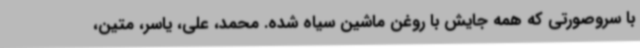
با سروصورتی که همه جایش با روغن ماشین سیاه شده. محمد، علی، یاسر، متین،